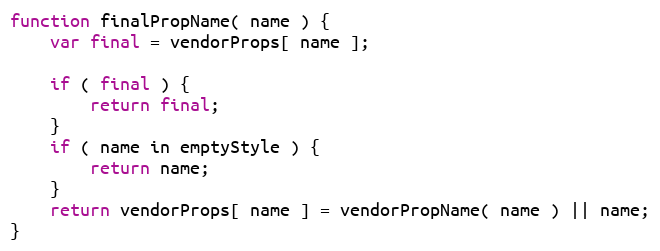
Language: JavaScript
function finalPropName( name ) {
	var final = vendorProps[ name ];

	if ( final ) {
		return final;
	}
	if ( name in emptyStyle ) {
		return name;
	}
	return vendorProps[ name ] = vendorPropName( name ) || name;
}